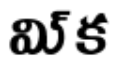
మి్క